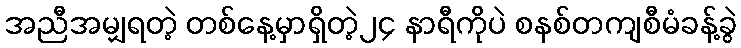
အညီအမျှရတဲ့ တစ်နေ့မှာရှိတဲ့၂၄ နာရီကိုပဲ စနစ်တကျစီမံခန့်ခွဲ